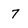
Character: 7